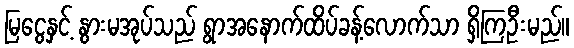
မြငွေနှင့် နွားမအုပ်သည် ရွာအနောက်ထိပ်ခန့်လောက်သာ ရှိကြဦးမည်။